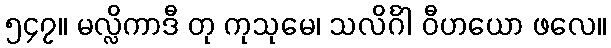
၅၄၇။ မလ္လိကာဒီ တု ကုသုမေ၊ သလိင်္ဂါ ဝီဟယော ဖလေ။